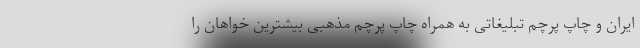
ایران و چاپ پرچم تبلیغاتی به همراه چاپ پرچم مذهبی بیشترین خواهان را